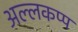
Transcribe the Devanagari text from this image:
अल्लकप्प